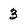
Character: 3